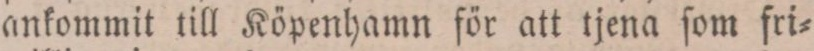
ankommit till Köpenhamn för att tjena ſom fri=